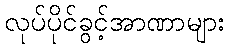
လုပ်ပိုင်ခွင့်အာဏာများ